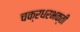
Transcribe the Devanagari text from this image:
चक्रधरभक्ती